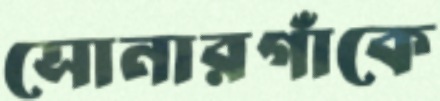
সোনারগাঁকে